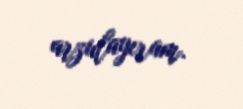
arzulayıram.